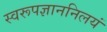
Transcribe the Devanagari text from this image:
स्वरूपज्ञाननिलयं